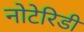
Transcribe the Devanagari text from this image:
नोटेरिडी